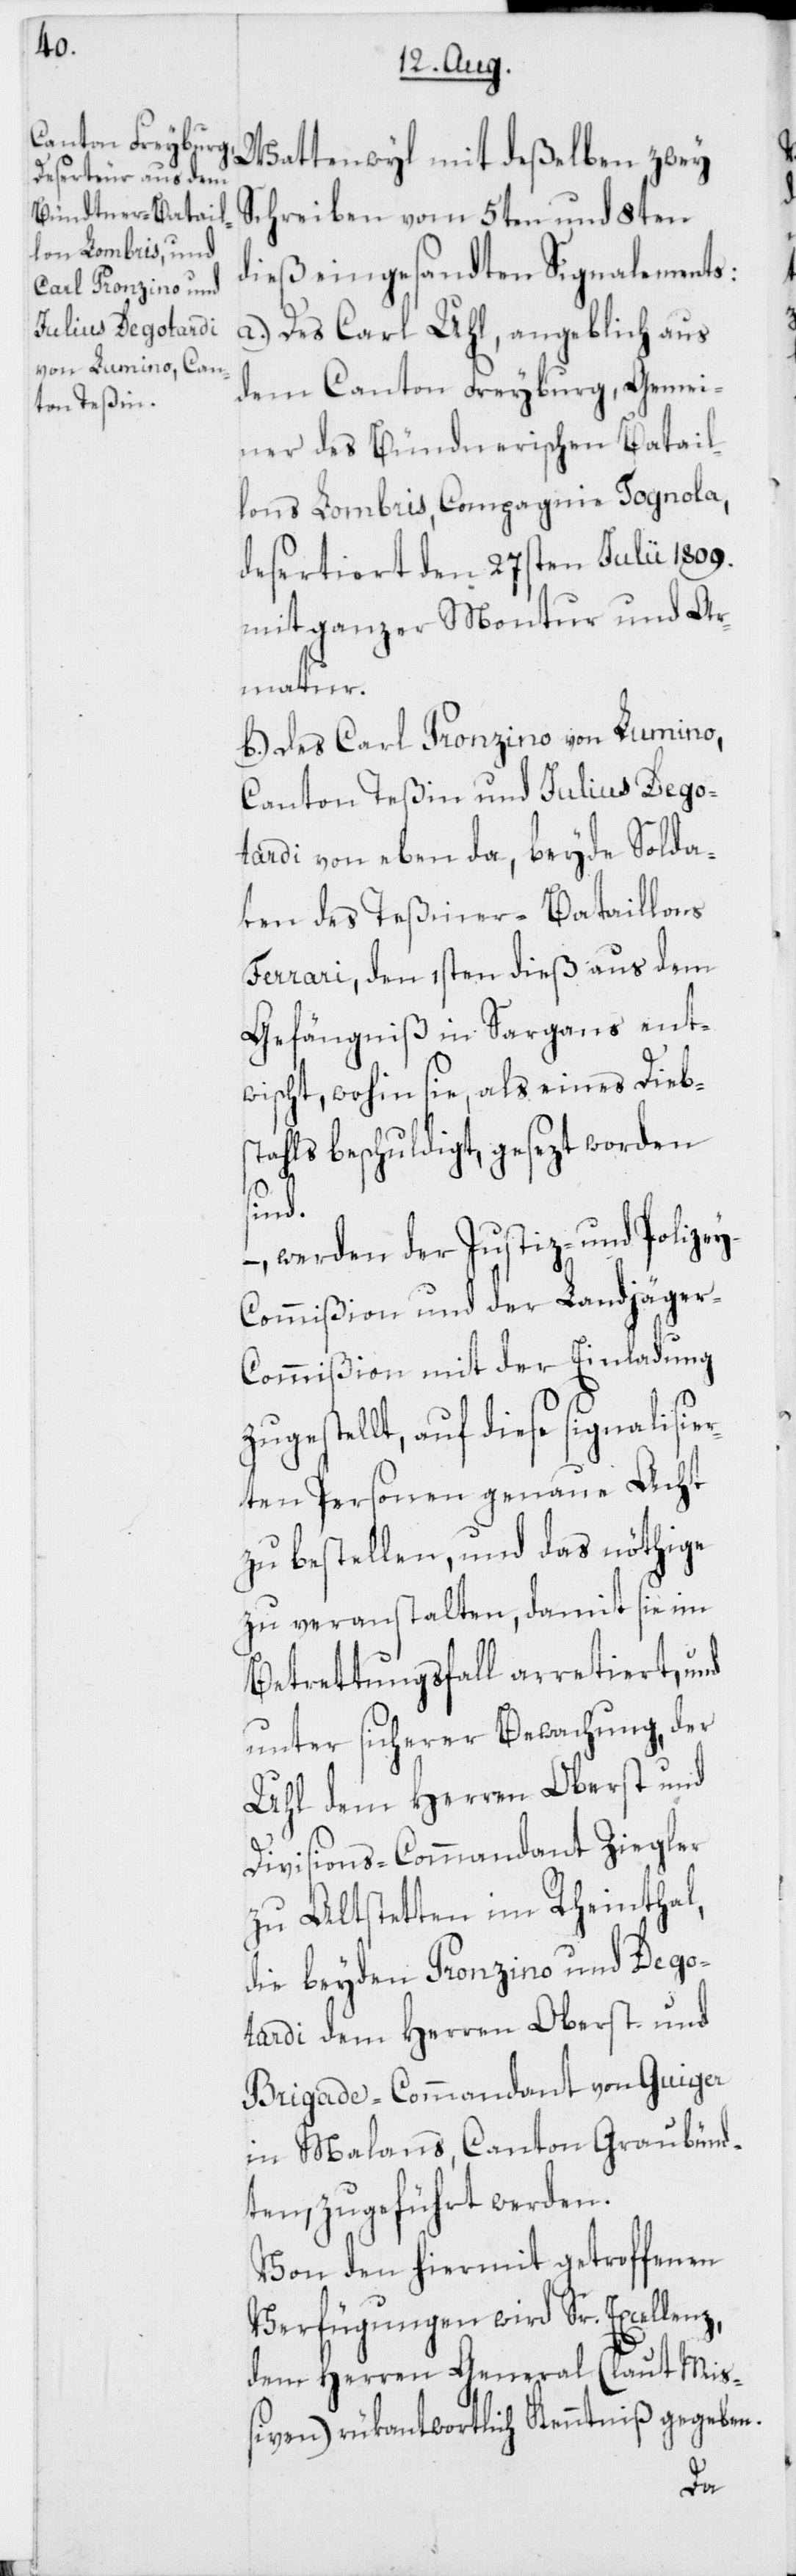
Wattenwyl mit deßelben zwey
Schreiben vom 5ten und 8ten
dieß eingesandten Signalements:
a.) Des Carl Uhl, angeblich aus
dem Canton Freyburg, Gemei¬
ner des Bündnerischen Batail¬
lons Lombris, Compagnie Tognola,
desertiert den 27sten Julii 1809.
mit ganzer Montur und Ar¬
matur.
b.) Des Carl Pronzino von Lumino,
Canton Teßin und Julius Dego¬
tardi von eben da, beyde Solda¬
ten des Teßiner-Bataillons
Ferrari, den 1sten dieß aus dem
Gefängniß in Sargans ent¬
wischt, wohin sie, als eines Diebs¬
tahls beschuldigt, gesezt worden
sind.
–, werden der Justiz- und Polize¬
y-Commißion und der Landjäge¬
r-Commißion mit der Einladung
gestellt, auf diese signalisi¬
erten Personen genaue Acht
zu bestellen, und das nöthige
zu veranstalten, damit sie im
Betrettungsfall arretiert, und
unter sicherer Bewachung, der
Uhl dem Herren Oberst und
Divisions-Commandant Ziegler
zu Altstetten im Rheinthal,
die beyden Pronzino und Dego¬
tardi dem Herren Oberst und
Brigade-Commandant von Guiger
in Malans, Canton Graubünd¬
ten, zugeführt werden.
Von den hiermit getroffenen
Verfügungen wird Sr. Excellenz,
dem Herren General (laut Mi¬
ßiven) rükantwortlich Kenntniß gegeben.
zu¬